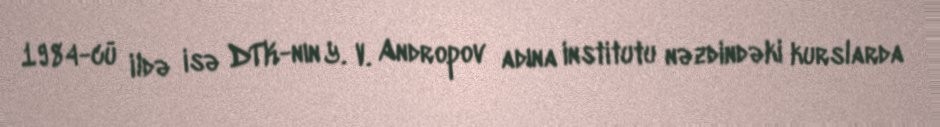
1984-cü ildə isə DTK-nın Y. V. Andropov adına institutu nəzdindəki kurslarda